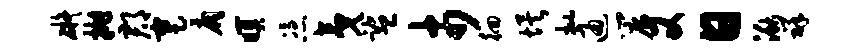
碍抛郡蹇扃暝凭夷监市徊埃批通帘又日湫祥